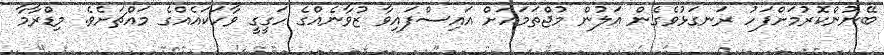
ބޭނުންކޮރުމަށްފަހު ރަނގަޅުވެގެން އަލުން މުޖްތަމައަށް އައިސްފައިވާ ޒުވާނެއްގެ ހަގީގީ ވާހަކައެއްގެ މައްޗަށެވެ. މިޑްރާމާ